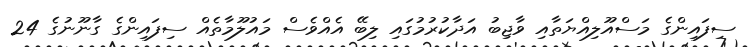
ސިފައިންގެ މަސްއޫލިއްޔަތާއި ވާޖިބު އަދާކުރުމުގައި ލިބޭ އެއްވެސް މައުލޫމާތެއް ސިފައިންގެ ގާނޫނުގެ 24